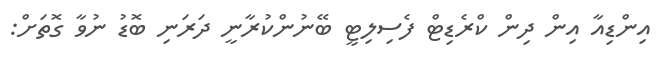
އިންޑިއާ އިން ދިން ކްރެޑިޓް ފެސިލިޓީ ބޭނުންކުރާނީ ދަރަނި ބޮޑު ނުވާ ގޮތަށް: